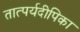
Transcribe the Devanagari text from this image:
तात्पर्यदीपिका